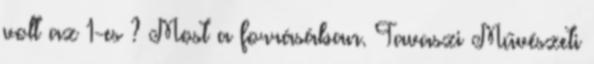
volt az 1-es ? Most a forrásában. Tavaszi Művészeti